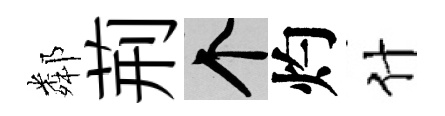
鄰荊个灼什